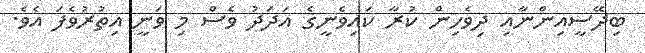
ބިދޭސީއިންނާއި ދިވެހިން ކުރާ ކައިވެނީގެ އަދަދު ވެސް މި ވަނީ އިތުރުވެފަ އެވެ.